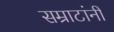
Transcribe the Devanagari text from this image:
सम्राटांनीं